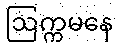
ဩက္ကမနေ